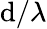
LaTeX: \mathrm{d}/\lambda